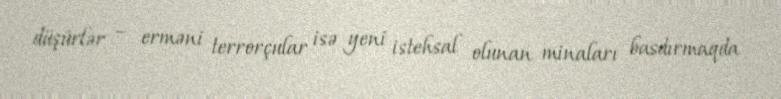
düşürlər – erməni terrorçular isə yeni istehsal olunan minaları basdırmaqda